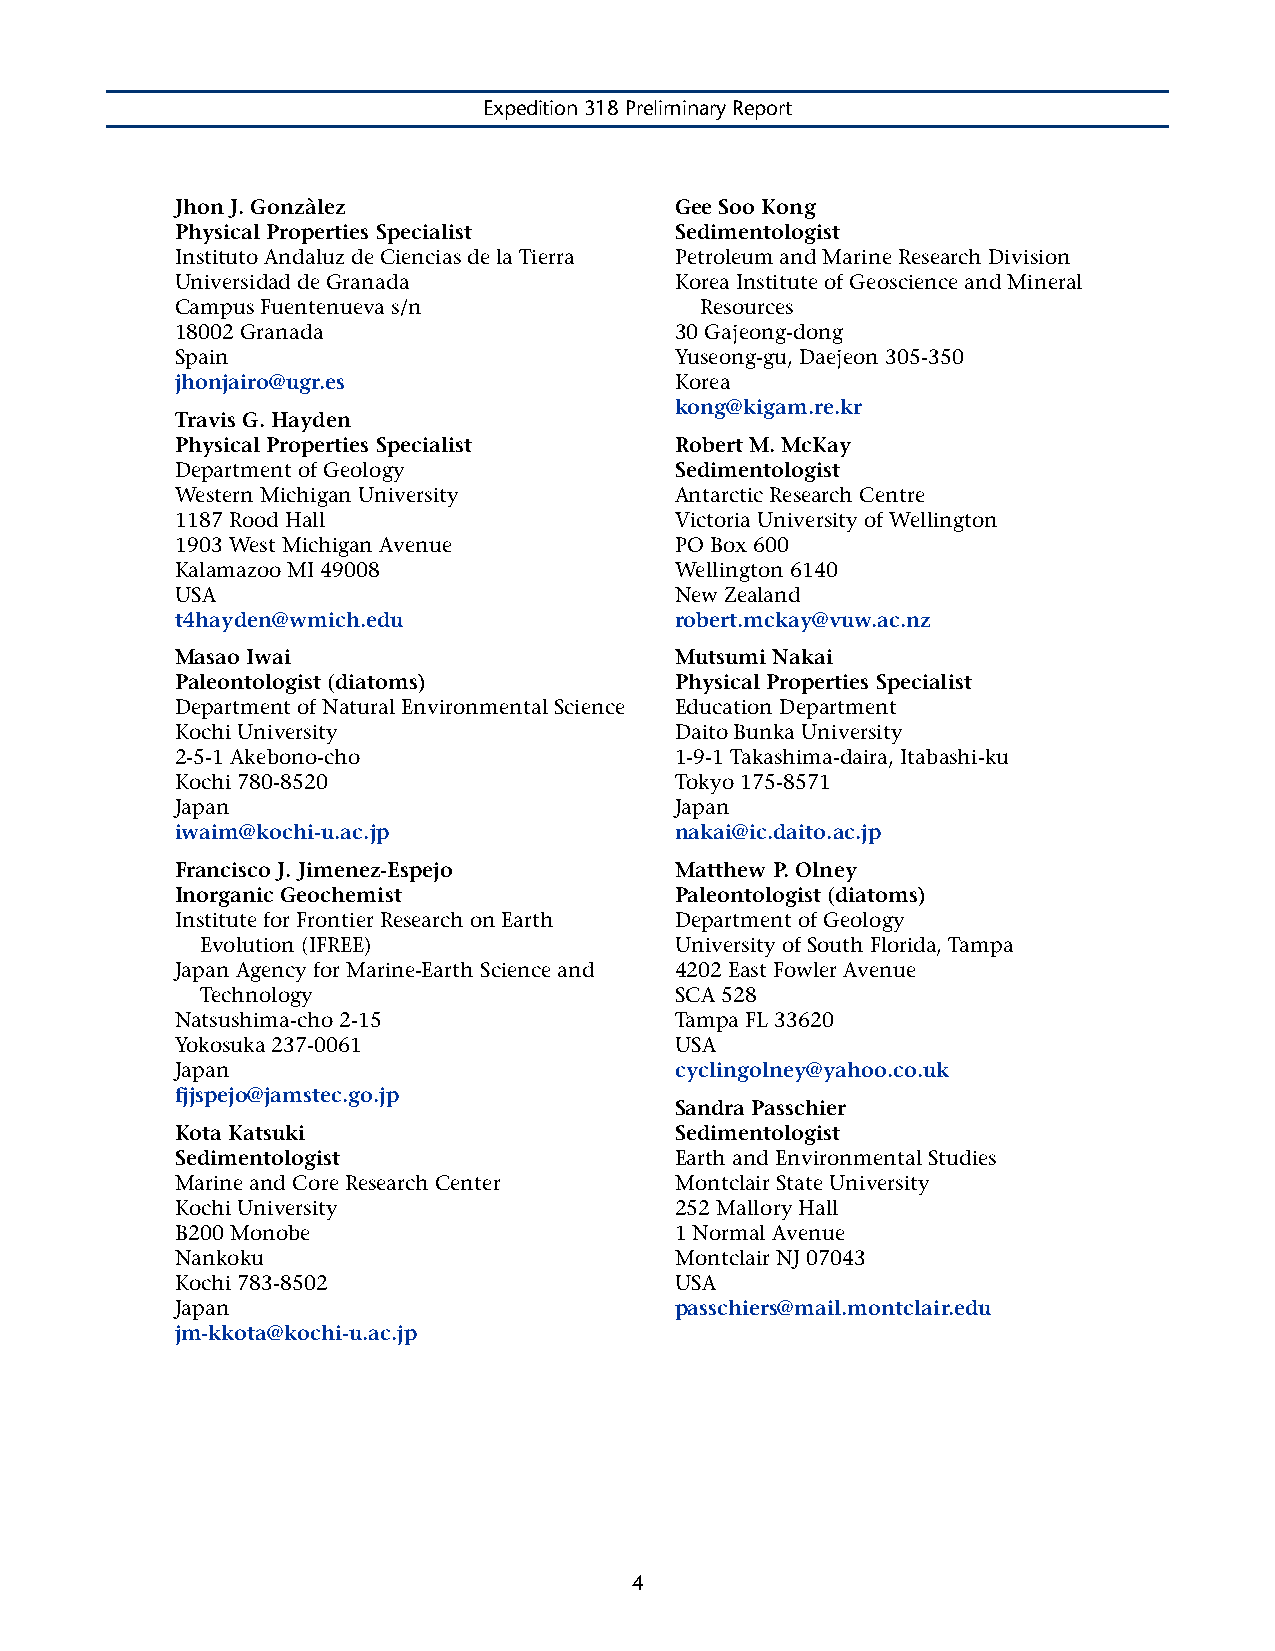
Expedition 318 Preliminary Report
 Jhon J. Gonzàlez                 Gee Soo Kong
 Physical Properties Specialist   Sedimentologist
 Instituto Andaluz de Ciencias de la Tierra Petroleum and Marine Research Division
 Universidad de Granada           Korea Institute of Geoscience and Mineral
 Campus Fuentenueva s/n            Resources
 18002 Granada                    30 Gajeong-dong
 Spain                            Yuseong-gu, Daejeon 305-350
 jhonjairo@ugr.es                 Korea
 kong@kigam.re.kr
 Travis G. Hayden
 Physical Properties Specialist   Robert M. McKay
 Department of Geology            Sedimentologist
 Western Michigan University      Antarctic Research Centre
 1187 Rood Hall                   Victoria University of Wellington
 1903 West Michigan Avenue        PO Box 600
 Kalamazoo MI 49008               Wellington 6140
 USA                              New Zealand
 t4hayden@wmich.edu               robert.mckay@vuw.ac.nz
 Masao Iwai                       Mutsumi Nakai
 Paleontologist (diatoms)         Physical Properties Specialist
 Department of Natural Environmental Science Education Department
 Kochi University                 Daito Bunka University
 2-5-1 Akebono-cho                1-9-1 Takashima-daira, Itabashi-ku
 Kochi 780-8520                   Tokyo 175-8571
 Japan                            Japan
 iwaim@kochi-u.ac.jp              nakai@ic.daito.ac.jp
 Francisco J. Jimenez-Espejo      Matthew P. Olney
 Inorganic Geochemist             Paleontologist (diatoms)
 Institute for Frontier Research on Earth Department of Geology
 Evolution (IFREE)               University of South Florida, Tampa
 Japan Agency for Marine-Earth Science and 4202 East Fowler Avenue
 Technology                      SCA 528
 Natsushima-cho 2-15              Tampa FL 33620
 Yokosuka 237-0061                USA
 Japan                            cyclingolney@yahoo.co.uk
 fjjspejo@jamstec.go.jp
 Sandra Passchier
 Kota Katsuki                     Sedimentologist
 Sedimentologist                  Earth and Environmental Studies
 Marine and Core Research Center  Montclair State University
 Kochi University                 252 Mallory Hall
 B200 Monobe                      1 Normal Avenue
 Nankoku                          Montclair NJ 07043
 Kochi 783-8502                   USA
 Japan                            passchiers@mail.montclair.edu
 jm-kkota@kochi-u.ac.jp
 4